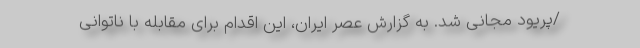
/پریود مجانی شد. به گزارش عصر ایران، این اقدام برای مقابله با ناتوانی